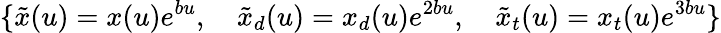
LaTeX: \{ \tilde{x}(u)=x(u)e^{bu},\quad\tilde{x}_{d}(u)=x_{d}(u)e^{2bu},\quad\tilde{x}_{t}(u)=x_{t}(u)e^{3bu}\}